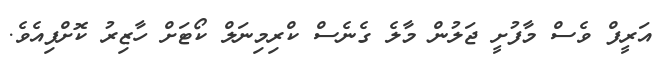
އަރީފް ވެސް މާފުށީ ޖަލުން މާލެ ގެނެސް ކްރިމިނަލް ކޯޓަށް ހާޒިރު ކޮށްފިއެވެ.